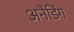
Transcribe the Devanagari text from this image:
अनेंडिंग